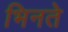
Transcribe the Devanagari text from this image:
भिनते